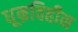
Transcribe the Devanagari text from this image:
धूम्रविहीन